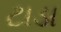
ટાડા